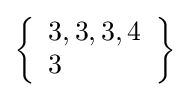
\left\{{\begin{array}{l}3,3,3,4\\3\end{array}}\right\}